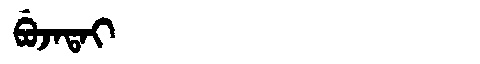
Manchu: ᠪᡠᠵᠠᡨᠠᡳ
Romanization: BUJATAI